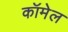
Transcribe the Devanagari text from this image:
कॉमेल